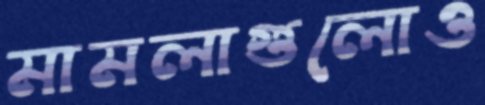
মামলাগুলোও